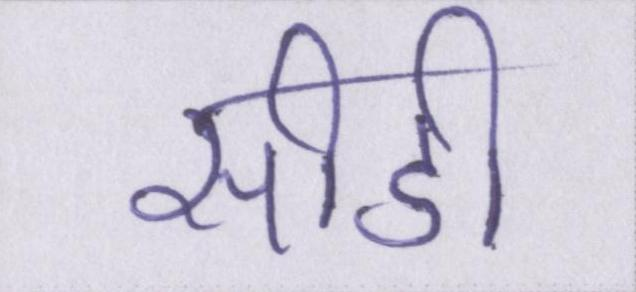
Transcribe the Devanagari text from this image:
सीडी